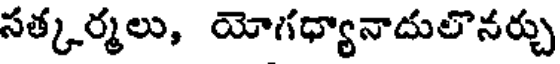
సత్కర్మలు, యోగధ్యానాదులొనర్చు